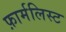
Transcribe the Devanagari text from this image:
फ़ार्मलिस्ट